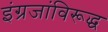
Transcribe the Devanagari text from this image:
इंग्रजांविरूद्ध